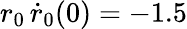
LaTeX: r_{0}\, \dot{r}_{0}(0)=-1.5